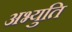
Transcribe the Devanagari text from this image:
अभ्युति